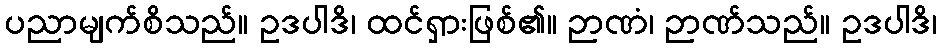
ပညာမျက်စိသည်။ ဥဒပါဒိ၊ ထင်ရှားဖြစ်၏။ ဉာဏံ၊ ဉာဏ်သည်။ ဥဒပါဒိ၊